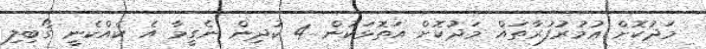
މަދުކޮށް ޢުމުރުފުރާތައް މަދުކޮށް އަތޮޅަކުން 4 ކުދިން ނެގީމާ އެ ކެއްކެނީ ގޯބިލި